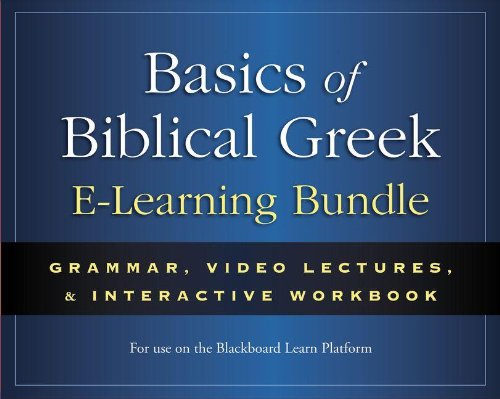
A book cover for Basics of Biblical Greek E-Learning Bundle: Grammar, Video Lectures, and Interactive Workbook; William D. Mounce; Christian Books & Bibles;